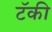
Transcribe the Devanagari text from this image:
टॅकी